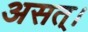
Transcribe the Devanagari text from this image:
असत्।